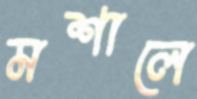
মশালে